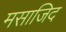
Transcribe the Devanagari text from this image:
मसाजिद